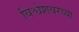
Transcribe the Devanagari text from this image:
विश्वेशवरय्या